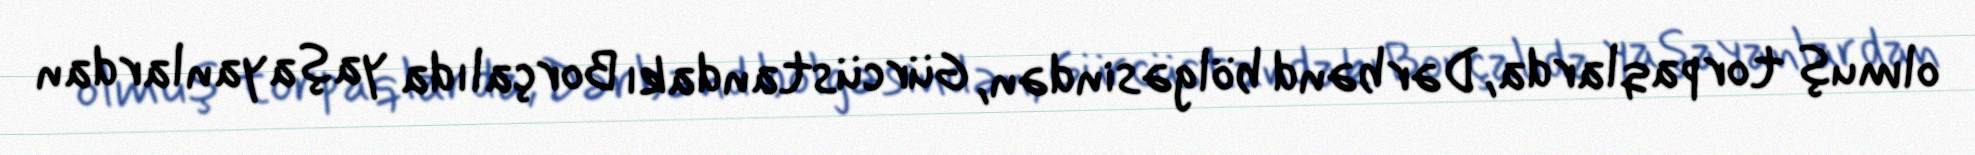
olmuş torpaqlarda, Dərbənd bölgəsindən, Gürcüstandakı Borçalıda yaşayanlardan